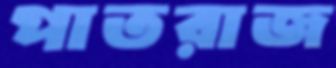
পাতরাজ